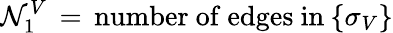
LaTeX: \mathcal{N}_{1}^{V}\, =\, \mathrm{{number~of~edges~in}}\: \{ \sigma_{V}\}